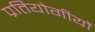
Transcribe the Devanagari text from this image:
प्रतियोगीयों